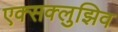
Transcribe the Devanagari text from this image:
एक्सक्लुझिव